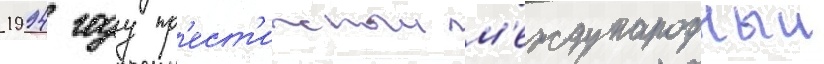
1994 году пр'ест'ижныи м'еждународныи